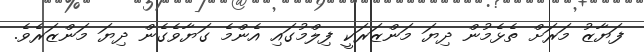
ފަޔާޒު މަރަށް ތެޅެމުން ދިޔަ މަންޒަރަކީ ފިލްމުގައި އެންމެ ގަޔާވެގެން ދިޔަ މަންޒަރެވެ.